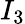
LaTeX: I_{3}